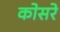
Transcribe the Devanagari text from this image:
कोसरे